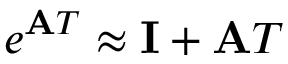
e ^ { \mathbf { A } T } \approx \mathbf { I } + \mathbf { A } T